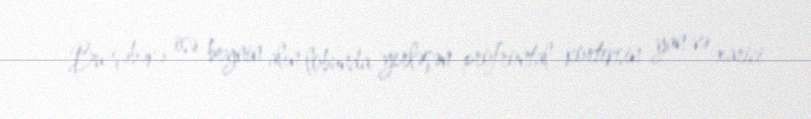
Bu şəbəkə isə beynin alın lobunda yerləşən profrontal korteksin yan və xarici